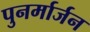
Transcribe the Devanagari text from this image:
पुनर्मार्जन